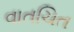
વાતચિત